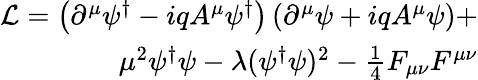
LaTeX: \begin{array}{r}{\mathcal{L}=\left(\partial^{\mu}\psi^{\dagger}-iqA^{\mu}\psi^{\dagger}\right)\left(\partial^{\mu}\psi+iqA^{\mu}\psi\right)+}\\ {\mu^{2}\psi^{\dagger}\psi-\lambda(\psi^{\dagger}\psi)^{2}-\frac{1}{4}F_{\mu\nu}F^{\mu\nu}}\end{array}